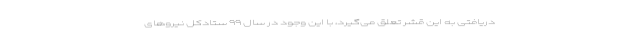
دریافتی به این قشر تعلق می‌گیرد، با این وجود در سال ۹۹ ستادکل نیروهای